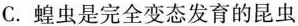
C. 蝗虫是完全变态发育的昆虫